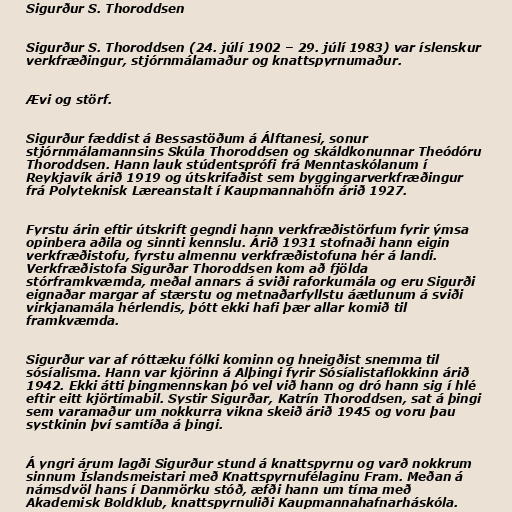
Sigurður S. Thoroddsen

Sigurður S. Thoroddsen (24. júlí 1902 – 29. júlí 1983) var íslenskur
verkfræðingur, stjórnmálamaður og knattspyrnumaður.

Ævi og störf.

Sigurður fæddist á Bessastöðum á Álftanesi, sonur
stjórnmálamannsins Skúla Thoroddsen og skáldkonunnar Theódóru
Thoroddsen. Hann lauk stúdentsprófi frá Menntaskólanum í
Reykjavík árið 1919 og útskrifaðist sem byggingarverkfræðingur
frá Polyteknisk Læreanstalt í Kaupmannahöfn árið 1927.

Fyrstu árin eftir útskrift gegndi hann verkfræðistörfum fyrir ýmsa
opinbera aðila og sinnti kennslu. Árið 1931 stofnaði hann eigin
verkfræðistofu, fyrstu almennu verkfræðistofuna hér á landi.
Verkfræðistofa Sigurðar Thoroddsen kom að fjölda
stórframkvæmda, meðal annars á sviði raforkumála og eru Sigurði
eignaðar margar af stærstu og metnaðarfyllstu áætlunum á sviði
virkjanamála hérlendis, þótt ekki hafi þær allar komið til
framkvæmda.

Sigurður var af róttæku fólki kominn og hneigðist snemma til
sósíalisma. Hann var kjörinn á Alþingi fyrir Sósíalistaflokkinn árið
1942. Ekki átti þingmennskan þó vel við hann og dró hann sig í hlé
eftir eitt kjörtímabil. Systir Sigurðar, Katrín Thoroddsen, sat á þingi
sem varamaður um nokkurra vikna skeið árið 1945 og voru þau
systkinin því samtíða á þingi.

Á yngri árum lagði Sigurður stund á knattspyrnu og varð nokkrum
sinnum Íslandsmeistari með Knattspyrnufélaginu Fram. Meðan á
námsdvöl hans í Danmörku stóð, æfði hann um tíma með
Akademisk Boldklub, knattspyrnuliði Kaupmannahafnarháskóla.